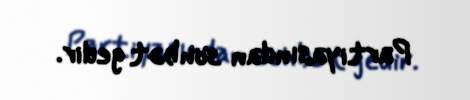
Partiyasından söhbət gedir.